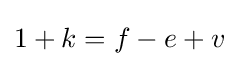
1+k=f-e+v